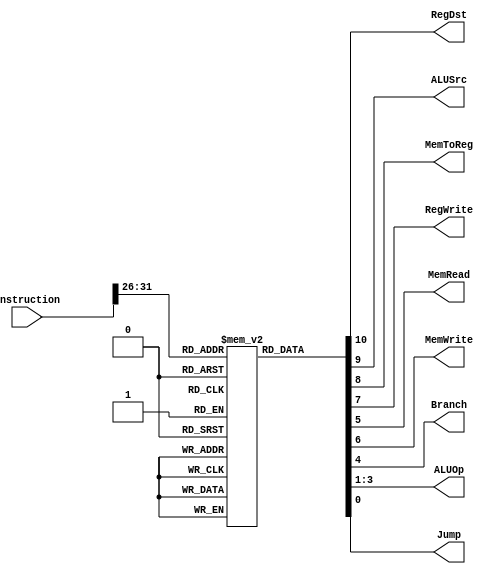
`timescale 1ns / 1ps

module control_unit(
    input [31:0] instruction,
    output reg       RegDst,    // Destination for I and R type instruction
    output reg       ALUSrc,    // Decides between Register input to ALU and I Type add immediate
    output reg       MemToReg,  // Decides between SW and ALU output
    output reg       RegWrite,  // Write enable for Register File
    output reg       MemRead,   // Read from data memory
    output reg       MemWrite,  // Write to data memory
    output reg       Branch,    // 1 if instruction is beq and thus decides Program Counter
    output reg [2:0] ALUOp,     // ALU Opcode
    output reg       Jump       // 1 if insturction is J type

);

wire [5:0] opcode;
assign opcode = instruction [31:26];
reg [10:0]  controlSignals[63:0];

initial
begin
    controlSignals[6'b000000] = 11'b10010000100; // rtype
    controlSignals[6'b010000] = 11'b01010000110; // addi
    controlSignals[6'b010001] = 11'b01010001000; // andi
    controlSignals[6'b010010] = 11'b01010001010; // xori
    controlSignals[6'b010011] = 11'b00000010010; // beq
    //controlSignals[6'b010100] = 11'b; //bne
    controlSignals[6'b010101] = 11'b01111000000; // lw
    controlSignals[6'b010110] = 11'b01001000000; // sw
    controlSignals[6'b010111] = 11'b10010000100; // slt
    controlSignals[6'b011000] = 11'b01010001100; // slti
    controlSignals[6'b110000] = 11'b00000011111; // jump
end

always @(instruction)
    begin
        RegDst   = controlSignals[opcode][10];
        ALUSrc   = controlSignals[opcode][9];
        MemToReg = controlSignals[opcode][8];
        RegWrite = controlSignals[opcode][7];
        MemWrite = controlSignals[opcode][6];
        MemRead  = controlSignals[opcode][5];
        Branch   = controlSignals[opcode][4];
        ALUOp    = controlSignals[opcode][3:1];
        Jump     = controlSignals[opcode][0];

    end
endmodule